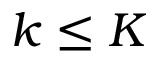
k \leq K